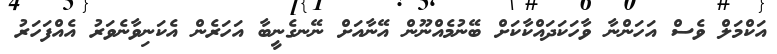
އަކްމަލް ވެސް އަހަންނާ ވާހަކަދައްކާކަށް ބޭނުމެއްނޫން އޭނާއަށް ނޭނގެނީބާ އަހަރެން އެކަނިވާނެވަރު އެއްފަހަރު